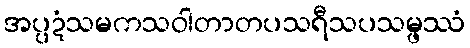
အပ္ပဍံသမကသဝါတာတပသရီသပသမ္ဖဿံ